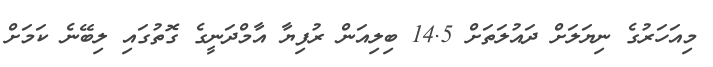
މިއަހަރުގެ ނިޔަލަށް ދައުލަތަށް 14.5 ބިލިއަން ރުފިޔާ އާމްދަނީގެ ގޮތުގައި ލިބޭނެ ކަމަށް